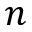
n